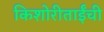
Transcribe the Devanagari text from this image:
किशोरीताईंची